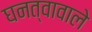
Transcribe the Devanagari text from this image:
घनत्वावाले